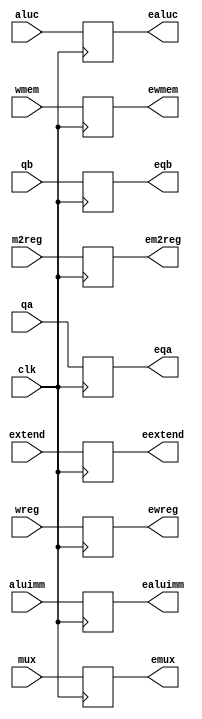
`timescale 1ns / 1ps
//////////////////////////////////////////////////////////////////////////////////
// Company: 
// Engineer: 
// 
// Design Name: 
// Module Name: ID_EXE
// Project Name: 
// Target Devices: 
// Tool Versions: 
// Description: 
// 
// Dependencies: 
// 
// Revision:
// Revision 0.01 - File Created
// Additional Comments:
// 
//////////////////////////////////////////////////////////////////////////////////


module ID_EXE(wreg, m2reg, wmem, aluc, aluimm, mux, qa, qb, extend, clk,
              ewreg, em2reg, ewmem, ealuc, ealuimm, emux, eqa, eqb, eextend);
      //input
      input [1:0] wreg, m2reg, wmem, aluimm;
      input [3:0] aluc;
      input [4:0] mux;
      input [31:0] qa, qb, extend; 
      input clk;
      output reg [1:0] ewreg, em2reg, ewmem, ealuimm;
      output reg [3:0] ealuc;
      output reg [4:0] emux;
      output reg [31:0] eqa, eqb, eextend;
//set bits for future use
always @ (posedge clk)
begin
    ewreg = wreg;
    em2reg = m2reg;
    ewmem = wmem;
    ealuimm = aluimm;
    ealuc = aluc;
    emux = mux;
    eqa = qa;
    eqb = qb;
    eextend = extend;
end
            
endmodule